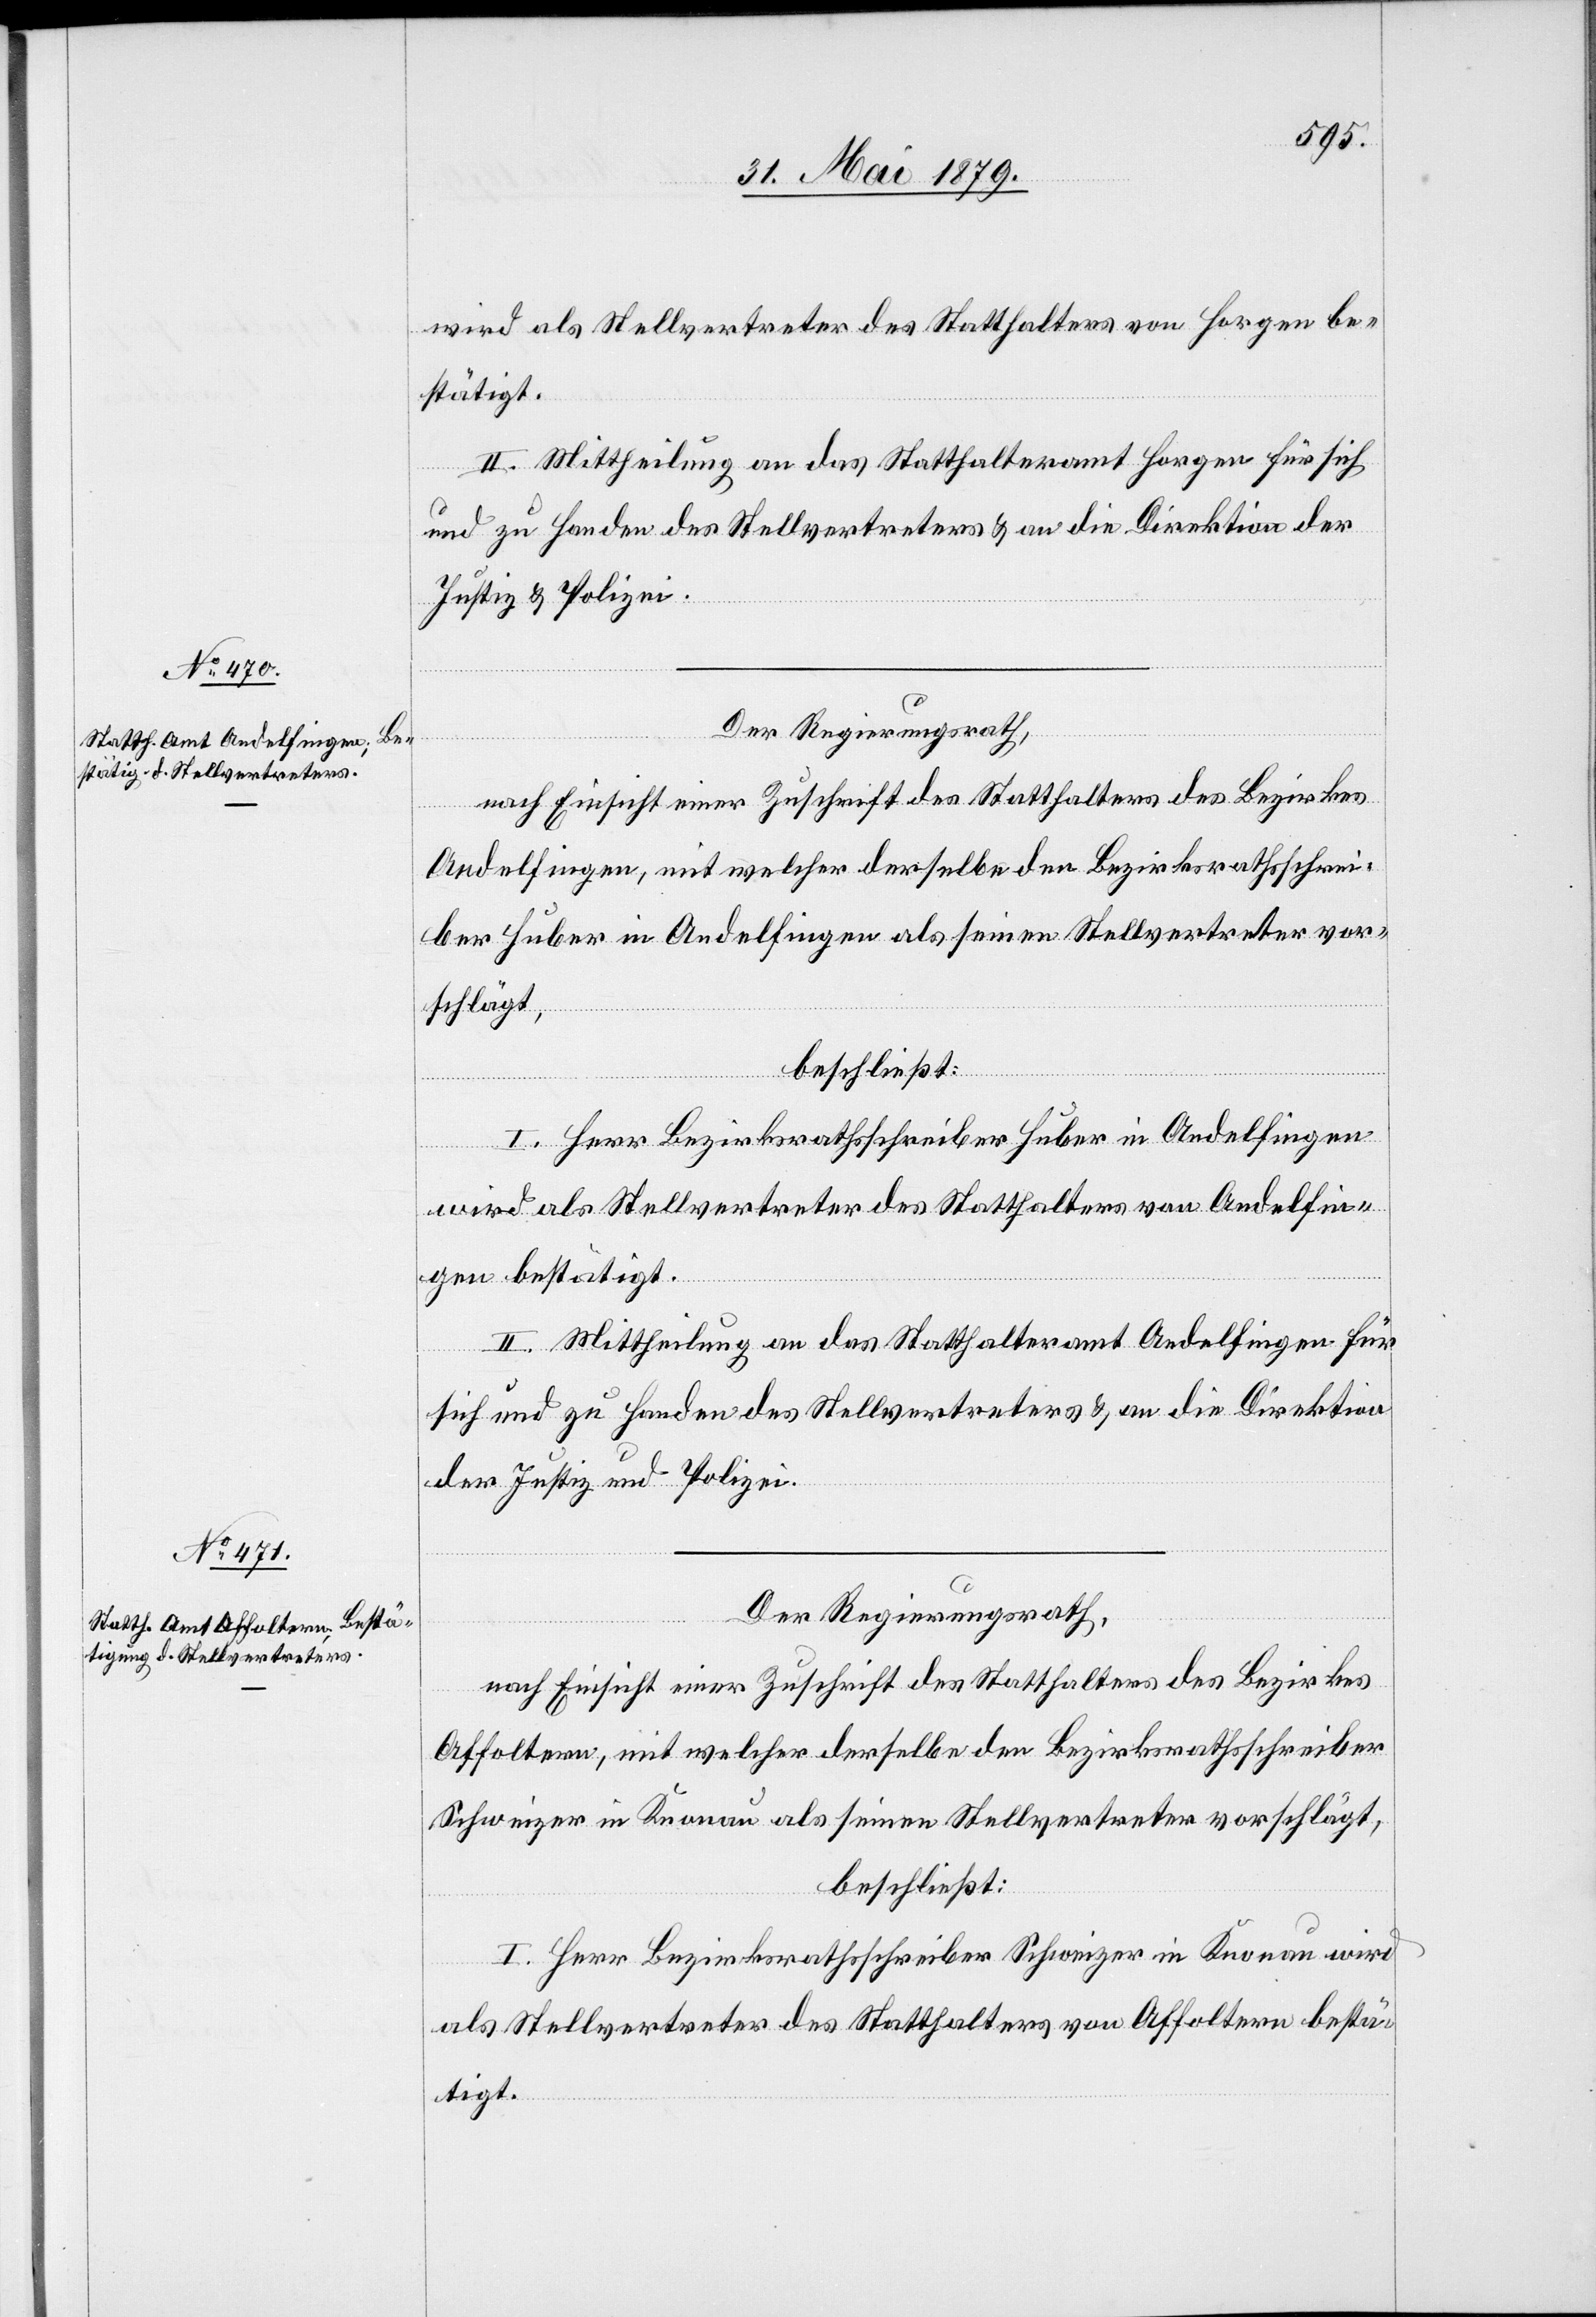
wird als Stellvertreter des Statthalters von Horgen be¬
stätigt.
II. Mittheilung an das Statthalteramt Horgen für sich
und zu Handen des Stellvertreters & an die Direktion der
Justiz & Polizei.
Der Regierungsrath,
nach Einsicht einer Zuschrift des Statthalters des Bezirkes
Andelfingen, mit welcher derselbe den Bezirksrathsschrei¬
ber Huber in Andelfingen als seinen Stellvertreter vor¬
schlägt,
beschließt:
I. Herr Bezirksrathsschreiber Huber in Andelfingen
wird als Stellvertreter des Statthalters von Andelfin¬
gen bestätigt.
II. Mittheilung an das Statthalteramt Andelfingen für
sich und zu Handen des Stellvertreters & an die Direktion
der Justiz und Polizei.
Der Regierungsrath,
nach Einsicht einer Zuschrift des Statthalters des Bezirkes
Affoltern, mit welcher derselbe den Bezirksrathsschreiber
Schweizer in Knonau als seinen Stellvertreter vorschlägt,
beschließt:
I. Herr Bezirksrathsschreiber Schweizer in Knonau wird
als Stellvertreter des Statthalters von Affoltern bestä¬
tigt.